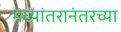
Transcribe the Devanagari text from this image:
मध्यांतरानंतरच्या